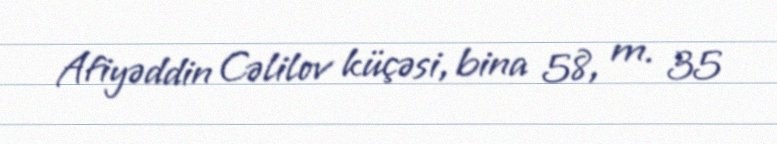
Afiyəddin Cəlilov küçəsi, bina 58, m. 35